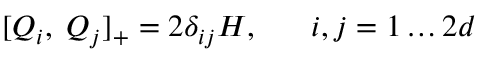
[ Q _ { i } , \; Q _ { j } ] _ { + } = 2 \delta _ { i j } H , \; \; \; \; \; \; i , j = 1 \ldots 2 d